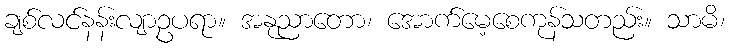
ချစ်လင်နန်းလျာဥပရာ။ အနုညာတော၊ အောက်မေ့စေကုန်သတည်း။ သာမိ၊